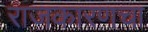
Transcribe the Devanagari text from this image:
राजकारणचा